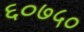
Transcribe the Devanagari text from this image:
६०७५०